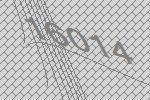
16014